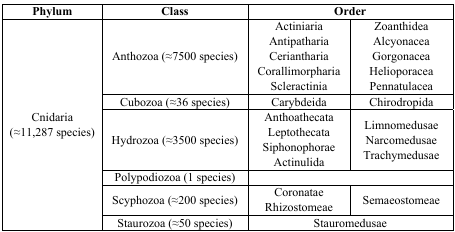
<table><thead><tr><td><b>Phylum</b></td><td><b>Class</b></td><td colspan="2"><b>Order</b></td></tr></thead><tbody><tr><td rowspan="6">Cnidaria (≈11,287 species)</td><td>Anthozoa (≈7500 species)</td><td>ActiniariaAntipathariaCerianthariaCorallimorphariaScleractinia</td><td>ZoanthideaAlcyonaceaGorgonaceaHelioporaceaPennatulacea</td></tr><tr><td>Cubozoa (≈36 species)</td><td>Carybdeida</td><td>Chirodropida</td></tr><tr><td>Hydrozoa (≈3500 species)</td><td>AnthoathecataLeptothecataSiphonophoraeActinulida</td><td>LimnomedusaeNarcomedusaeTrachymedusae</td></tr><tr><td>Polypodiozoa (1 species)</td><td colspan="2"></td></tr><tr><td>Scyphozoa (≈200 species)</td><td>CoronataeRhizostomeae</td><td>Semaeostomeae</td></tr><tr><td>Staurozoa (≈50 species)</td><td colspan="2">Stauromedusae</td></tr></tbody></table>